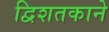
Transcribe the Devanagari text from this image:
द्विशतकाने